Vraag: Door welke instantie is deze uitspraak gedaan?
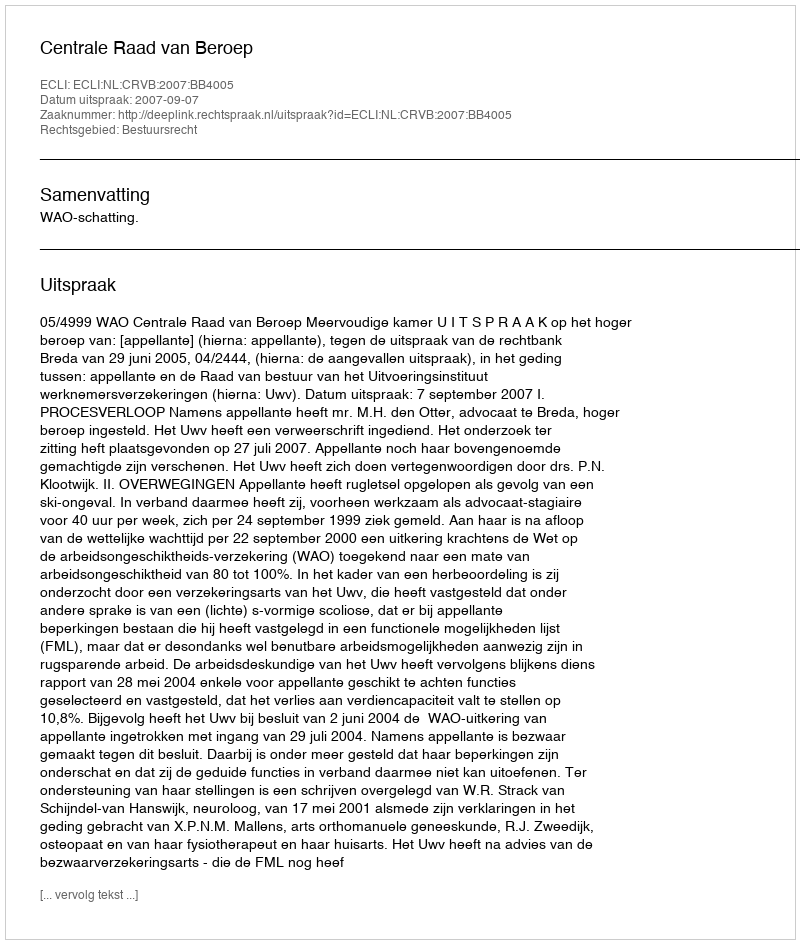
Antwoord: Centrale Raad van Beroep